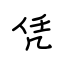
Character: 凭